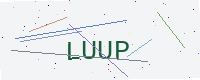
Text: LUUP